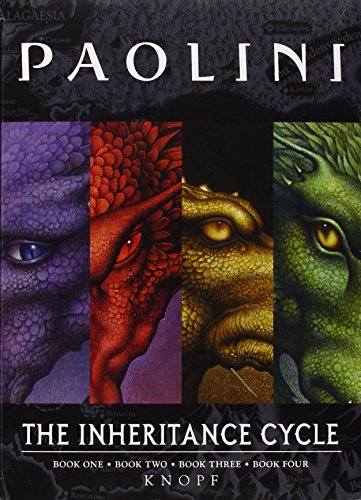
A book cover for Inheritance Cycle 4-Book Trade Paperback Boxed Set (Eragon, Eldest, Brisingr, Inheritance) (The Inheritance Cycle); Christopher Paolini; Teen & Young Adult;